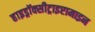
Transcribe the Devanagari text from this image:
हाइड्रॉक्सीट्राइप्टामाइन